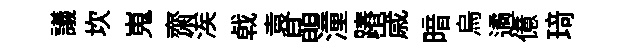
議坎嵬齋涘㦸袁晶潼蹖𡻕暗烏遹億𤦺